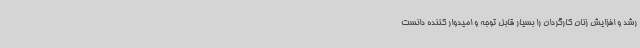
رشد و افزایش زنان کارگردان را بسیار قابل توجه و امیدوار کننده دانست